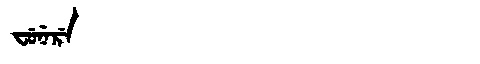
Manchu: ᠸᡠᠨᡝᡵᡝ
Romanization: FUNERE